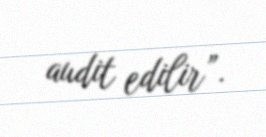
audit edilir”.